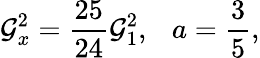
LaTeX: \mathcal{G}_{x}^{2}={\frac{{25}}{{24}}}\mathcal{G}_{1}^{2},~~~a={\frac{{3}}{{5}}},